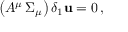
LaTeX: \left( { \cal A } ^ { \mu } \, \Sigma _ { \mu } \right) \delta _ { 1 } { \bf u } = 0 \, ,